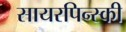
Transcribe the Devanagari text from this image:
सायरपिन्स्की